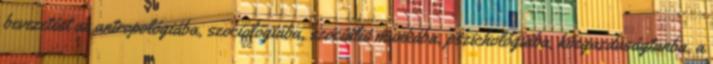
bevezetést az antropológiába, szociológiába, szociális munkába, pszichológiába, közgazdaságtanba, a